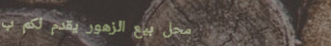
محل بيع الزهور يقدم لكم ب